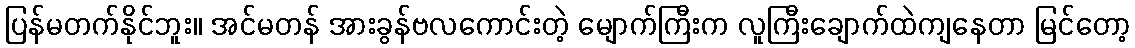
ပြန်မတက်နိုင်ဘူး။ အင်မတန် အားခွန်ဗလကောင်းတဲ့ မျောက်ကြီးက လူကြီးချောက်ထဲကျနေတာ မြင်တော့